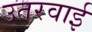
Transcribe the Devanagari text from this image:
उतरवाई